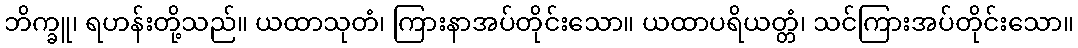
ဘိက္ခူ၊ ရဟန်းတို့သည်။ ယထာသုတံ၊ ကြားနာအပ်တိုင်းသော။ ယထာပရိယတ္တံ၊ သင်ကြားအပ်တိုင်းသော။